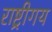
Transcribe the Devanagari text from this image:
राष्ट्रीगय